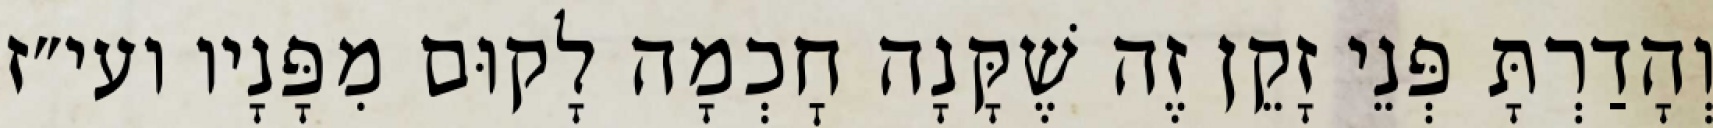
וְהָדַרְתָּ פְּנֵי זָקֵן זֶה שֶׁקָּנָה חׇכְמָה לָקוּם מִפָּנָיו ועי״ז